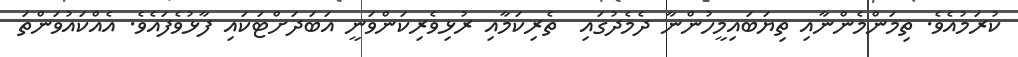
ކުރަމުއެވެ. ތިމަންމެންނާއި ތިޔަބައިމީހުންނާ ދެމެދުގައި  ތެރިކަމާއި ރުޅިވެރިކަންވަނީ އަބަދަށްޓަކައި ފާޅުވެފައެވެ. އެއްކައުވަންތަ